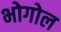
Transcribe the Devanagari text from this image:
भोगोल